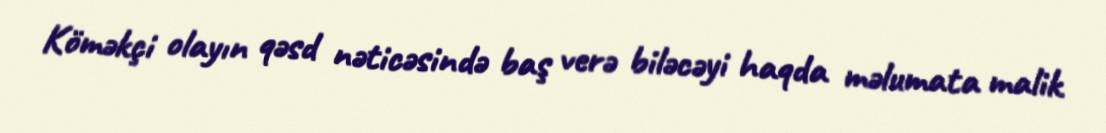
Köməkçi olayın qəsd nəticəsində baş verə biləcəyi haqda məlumata malik